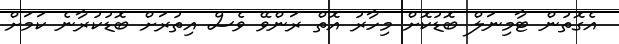
އެގޮތުން ޓާމިނަލް ބޮޑުކޮށް މިހާރު އޮތް ރަންވޭ ވެސް އިތުރަށް ބޮޑުކުރާނެ ކަމަށް